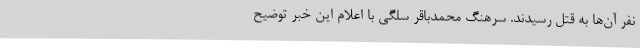
نفر آن‌ها به قتل رسیدند. سرهنگ محمدباقر سلگی با اعلام این خبر توضیح